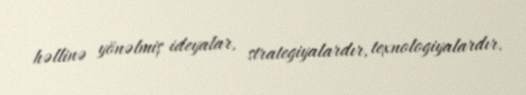
həllinə yönəlmiş ideyalar, strategiyalardır, texnologiyalardır.